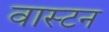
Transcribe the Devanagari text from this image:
वास्टन